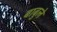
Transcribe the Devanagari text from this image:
बाबुले